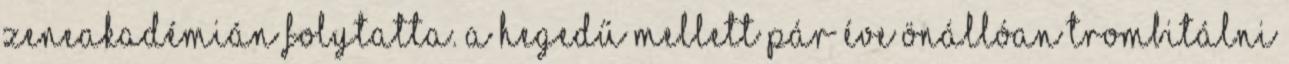
zeneakadémián folytatta. A hegedű mellett pár éve önállóan trombitálni